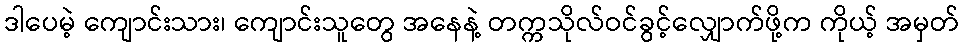
ဒါပေမဲ့ ကျောင်းသား၊ ကျောင်းသူတွေ အနေနဲ့ တက္ကသိုလ်ဝင်ခွင့်လျှောက်ဖို့က ကိုယ့် အမှတ်